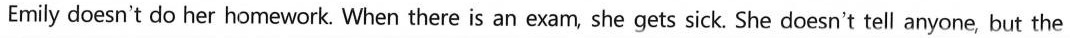
Emily doesn't do her homework. When there is an exam, she gets sick. She doesn't tell anyone, but the